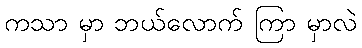
ကသာ မှာ ဘယ်လောက် ကြာ မှာလဲ